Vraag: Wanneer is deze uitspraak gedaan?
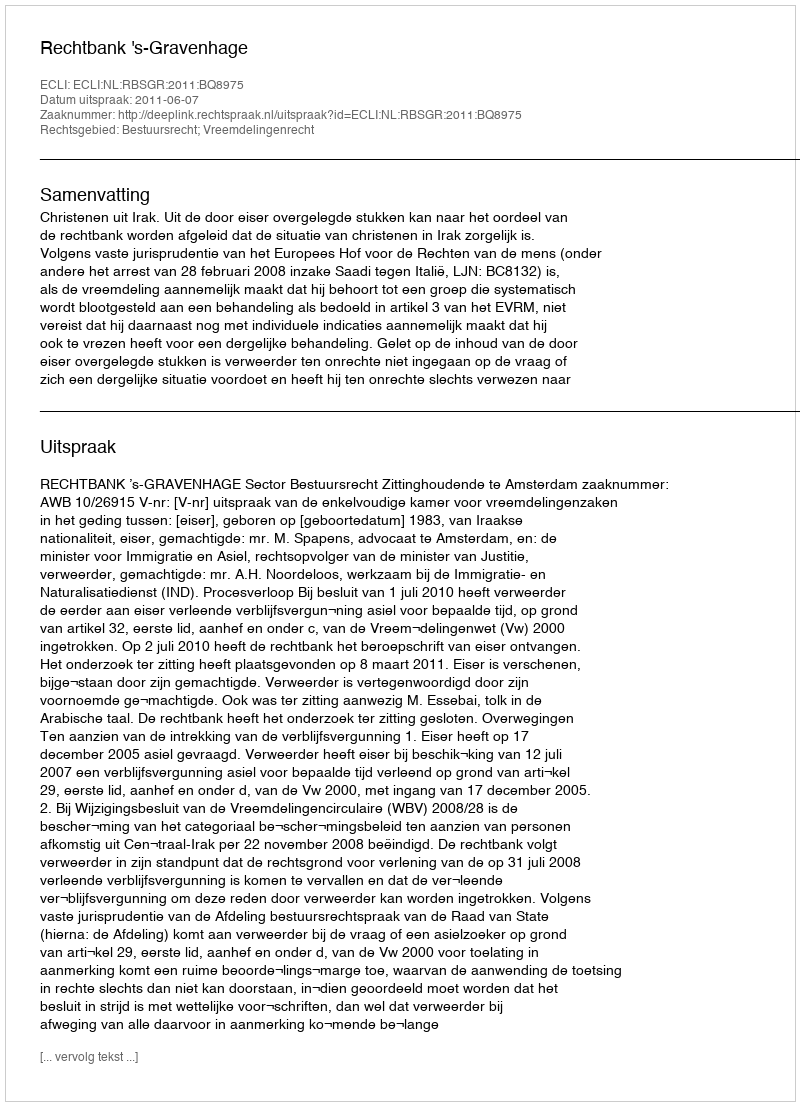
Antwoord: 2011-06-07